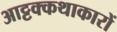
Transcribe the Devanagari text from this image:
आट्टक्कथाकारों